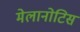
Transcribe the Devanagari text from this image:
मेलानोटिस